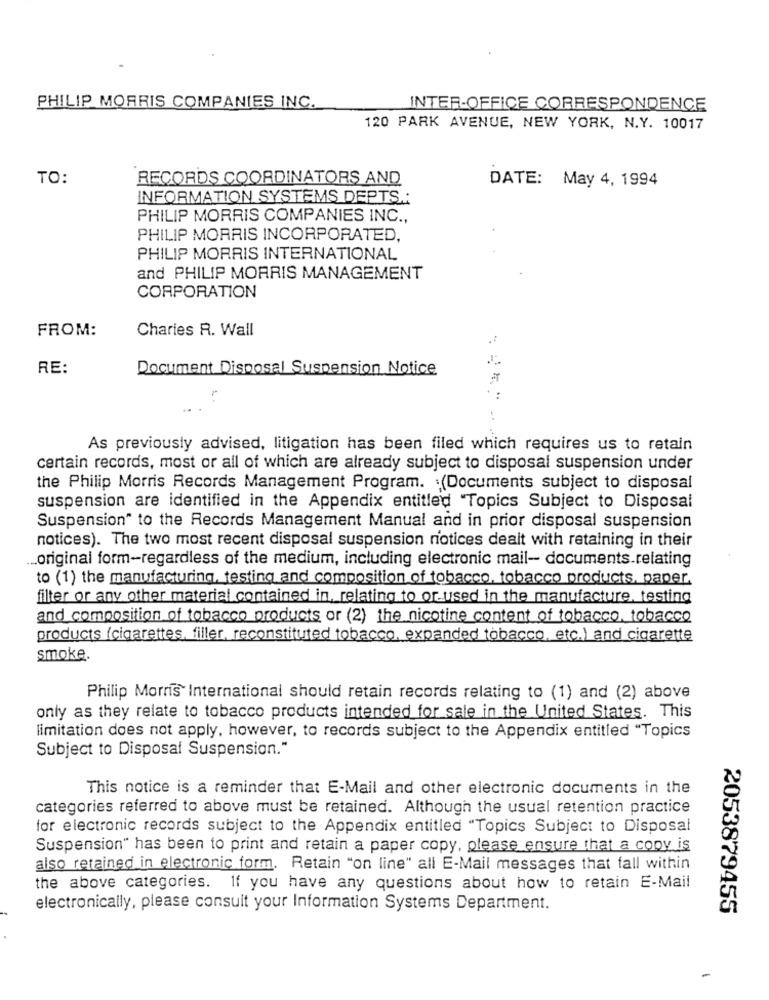
PHILIP MORRIS COMPANIES INC.
INTER-OFFICE CORRESPONDENCE
120 PARK AVENUE, NEW YORK, N.Y. 10017
TO:
RECORDS COORDINATORS AND
DATE: May 4, 1994
INFORMATION SYSTEMS DEPTS .:
PHILIP MORRIS COMPANIES INC .,
PHILIP MORRIS INCORPORATED,
PHILIP MORRIS INTERNATIONAL
and PHILIP MORRIS MANAGEMENT
CORPORATION
FROM:
Charies R. Wall
RE:
Document Disposal Suspension Notice
As previously advised, litigation has been filed which requires us to retain
certain records, most or all of which are already subject to disposal suspension under
the Philip Morris Records Management Program. . (Documents subject to disposal
suspension are identified in the Appendix entitled "Topics Subject to Disposal
Suspension" to the Records Management Manual and in prior disposal suspension
notices). The two most recent disposal suspension riotices dealt with retaining in their
... original form-regardless of the medium, including electronic mail- documents.relating
to (1) the manufacturing, testing and composition of tobacco, tobacco products, paper.
filter or any other material contained in, relating to or used in the manufacture, testing
and composition of tobacco products or (2) the nicotine content of tobacco, tobacco
products (cigarettes, filler, reconstituted tobacco, expanded tobacco, etc.) and cigarette
smoke.
Philip Morris International should retain records relating to (1) and (2) above
only as they relate to tobacco products intended for sale in the United States. This
limitation does not apply, however, to records subject to the Appendix entitled "Topics
Subject to Disposal Suspension."
This notice is a reminder that E-Mail and other electronic documents in the
categories referred to above must be retained. Although the usual retention practice
for electronic records subject to the Appendix entitled "Topics Subject to Disposal
Suspension" has been to print and retain a paper copy, please ensure that a copy is
also retained in electronic form. Retain "on line" all E-Mail messages that fall within
the above categories. If you have any questions about how to retain E-Mail
electronically, please consult your Information Systems Department.
2053879455